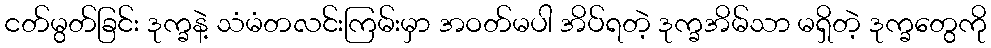
ငတ်မွတ်ခြင်း ဒုက္ခနဲ့ သံမံတလင်းကြမ်းမှာ အဝတ်မပါ အိပ်ရတဲ့ ဒုက္ခအိမ်သာ မရှိတဲ့ ဒုက္ခတွေကို